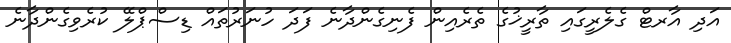
އަދި އާރޓް ގެލެރީގައި ތާރީޚުގެ ތެރެއިން ފެނިގެންދާނެ ފަދަ ހުނަރުތައް ޑިސްޕްލޭ ކުރެވިގެންދާނެ